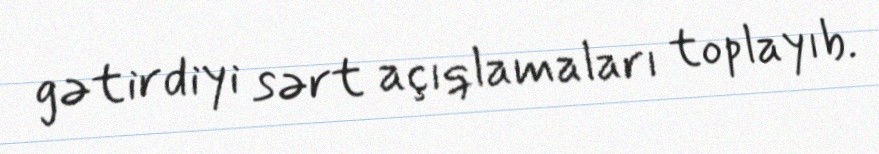
gətirdiyi sərt açıqlamaları toplayıb.